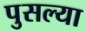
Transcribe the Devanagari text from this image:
पुसल्या